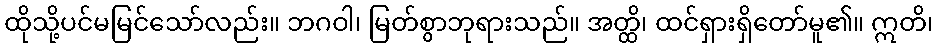
ထိုသို့ပင်မမြင်သော်လည်း။ ဘဂဝါ၊ မြတ်စွာဘုရားသည်။ အတ္ထိ၊ ထင်ရှားရှိတော်မူ၏။ ဣတိ၊